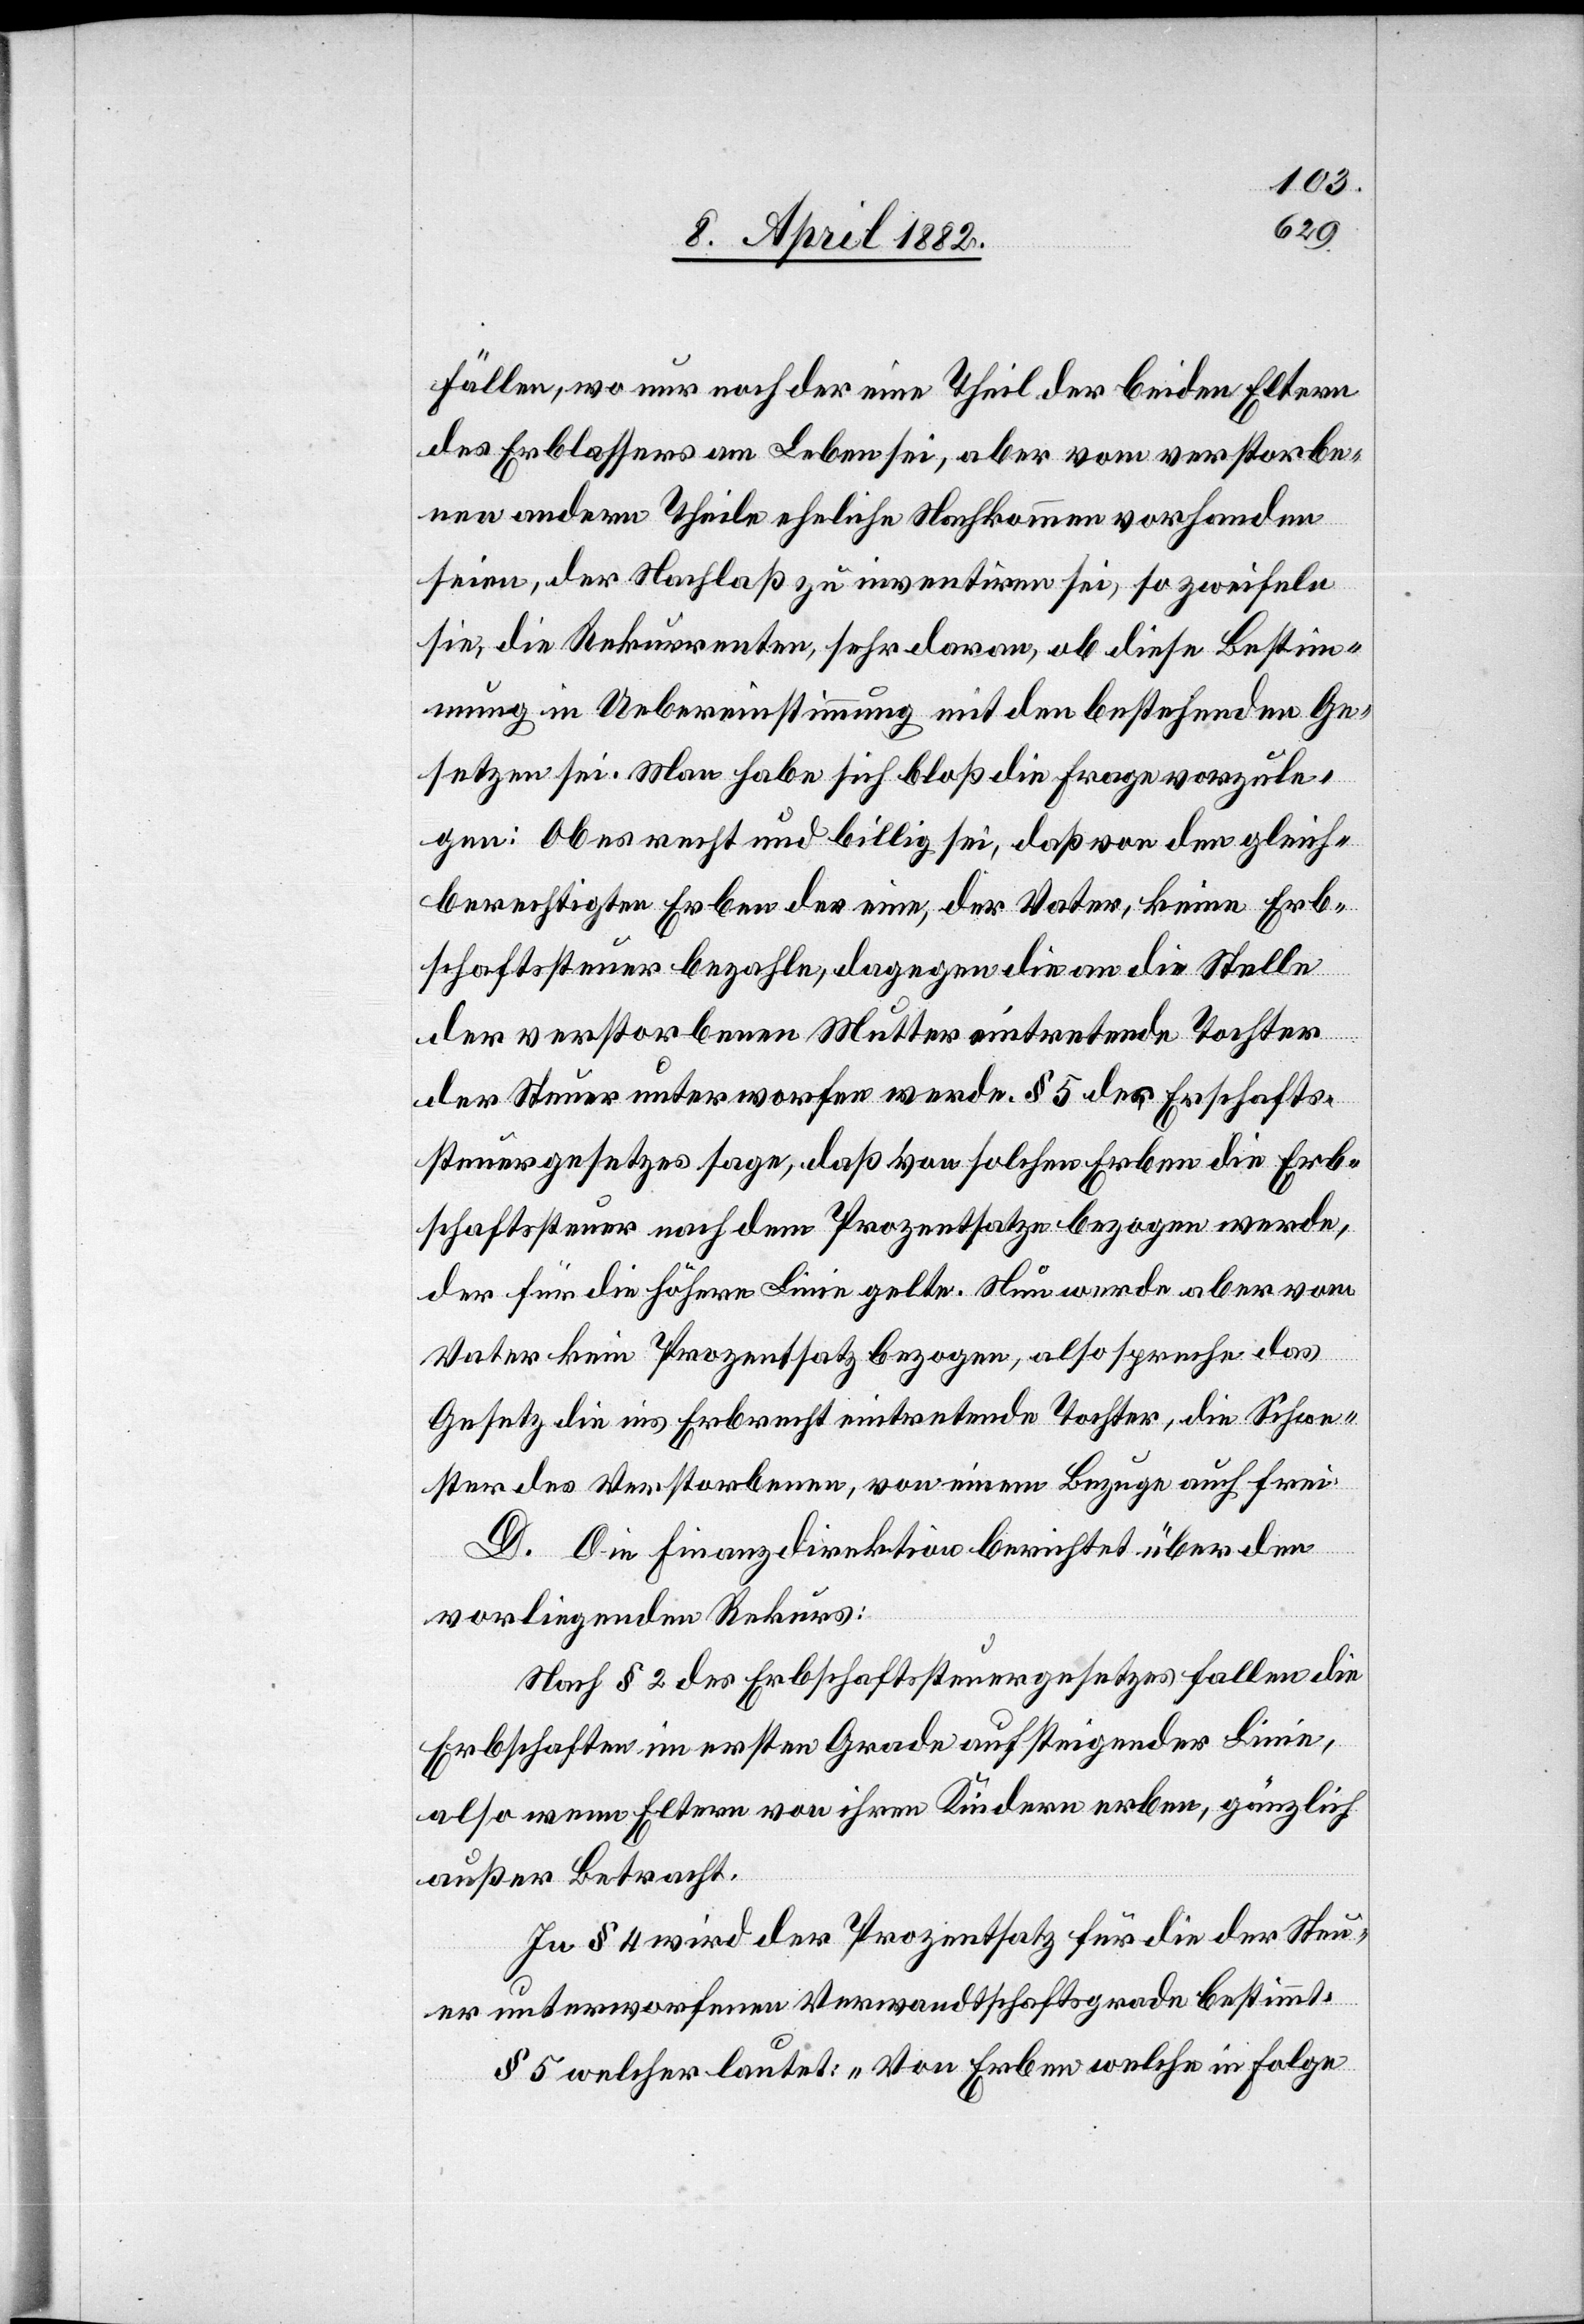
Fällen, wo nur noch der eine Theil der beiden Eltern
des Erblassers am Leben sei, aber vom verstorbe¬
nen andern Theile eheliche Nachkommen vorhanden
seien, der Nachlaß zu inventiren sei, so zweifeln
sie, die Rekurrenten, sehr daran, ob diese Bestim¬
mung in Uebereinstimmung mit den bestehenden Ge¬
setzen sei. Man habe sich bloß die Frage vorzule¬
gen: Ob es recht und billig sei, daß von den gleich¬
berechtigten Erben der eine, der Vater, keine Erb¬
schaftssteuer bezahle, dagegen die an die Stelle
der verstorbenen Mutter eintretende Tochter
der Steuer unterworfen werde. § 5 des Er[b]schafts¬
steuergesetzes sage, daß von solchen Erben die Erb¬
schaftssteuer nach dem Prozentsatze bezogen werde,
der für die höhere Linie gelte. Nun werde aber vom
Vater kein Prozentsatz bezogen, also spreche das
Gesetz die ins Erbrecht eintretende Tochter, die Schwe¬
ster des Verstorbenen, von einem Bezuge auch frei.
D. Die Finanzdirektion berichtet über den
vorliegenden Rekurs:
Nach § 2 des Erbschaftssteuergesetzes fallen die
Erbschaften im ersten Grade auf steigender Linie,
also wenn Eltern von ihren Kindern erben, gänzlich
außer Betracht.
In § 4 wird der Prozentsatz für die der Steu¬
er unterworfenen Verwandtschaftsgrade bestimmt.
§ 5 welcher lautet: „Von Erben welche in Folge